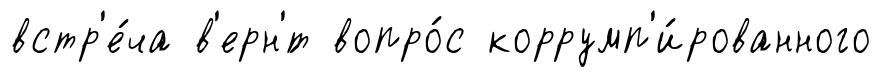
встр'е́ча в'ерн'́т вопро́с коррумп'и́рованного